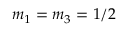
m _ { 1 } = m _ { 3 } = 1 / 2